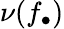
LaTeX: \nu(f_{\bullet})